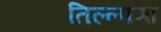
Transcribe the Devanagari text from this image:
तिल्लाणा